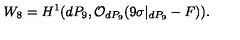
W _ { 8 } = H ^ { 1 } ( d P _ { 9 } , { \cal O } _ { d P _ { 9 } } ( 9 \sigma | _ { d P _ { 9 } } - F ) ) .